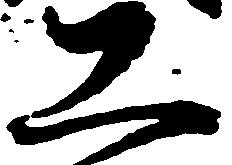
工